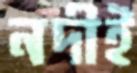
নদীই